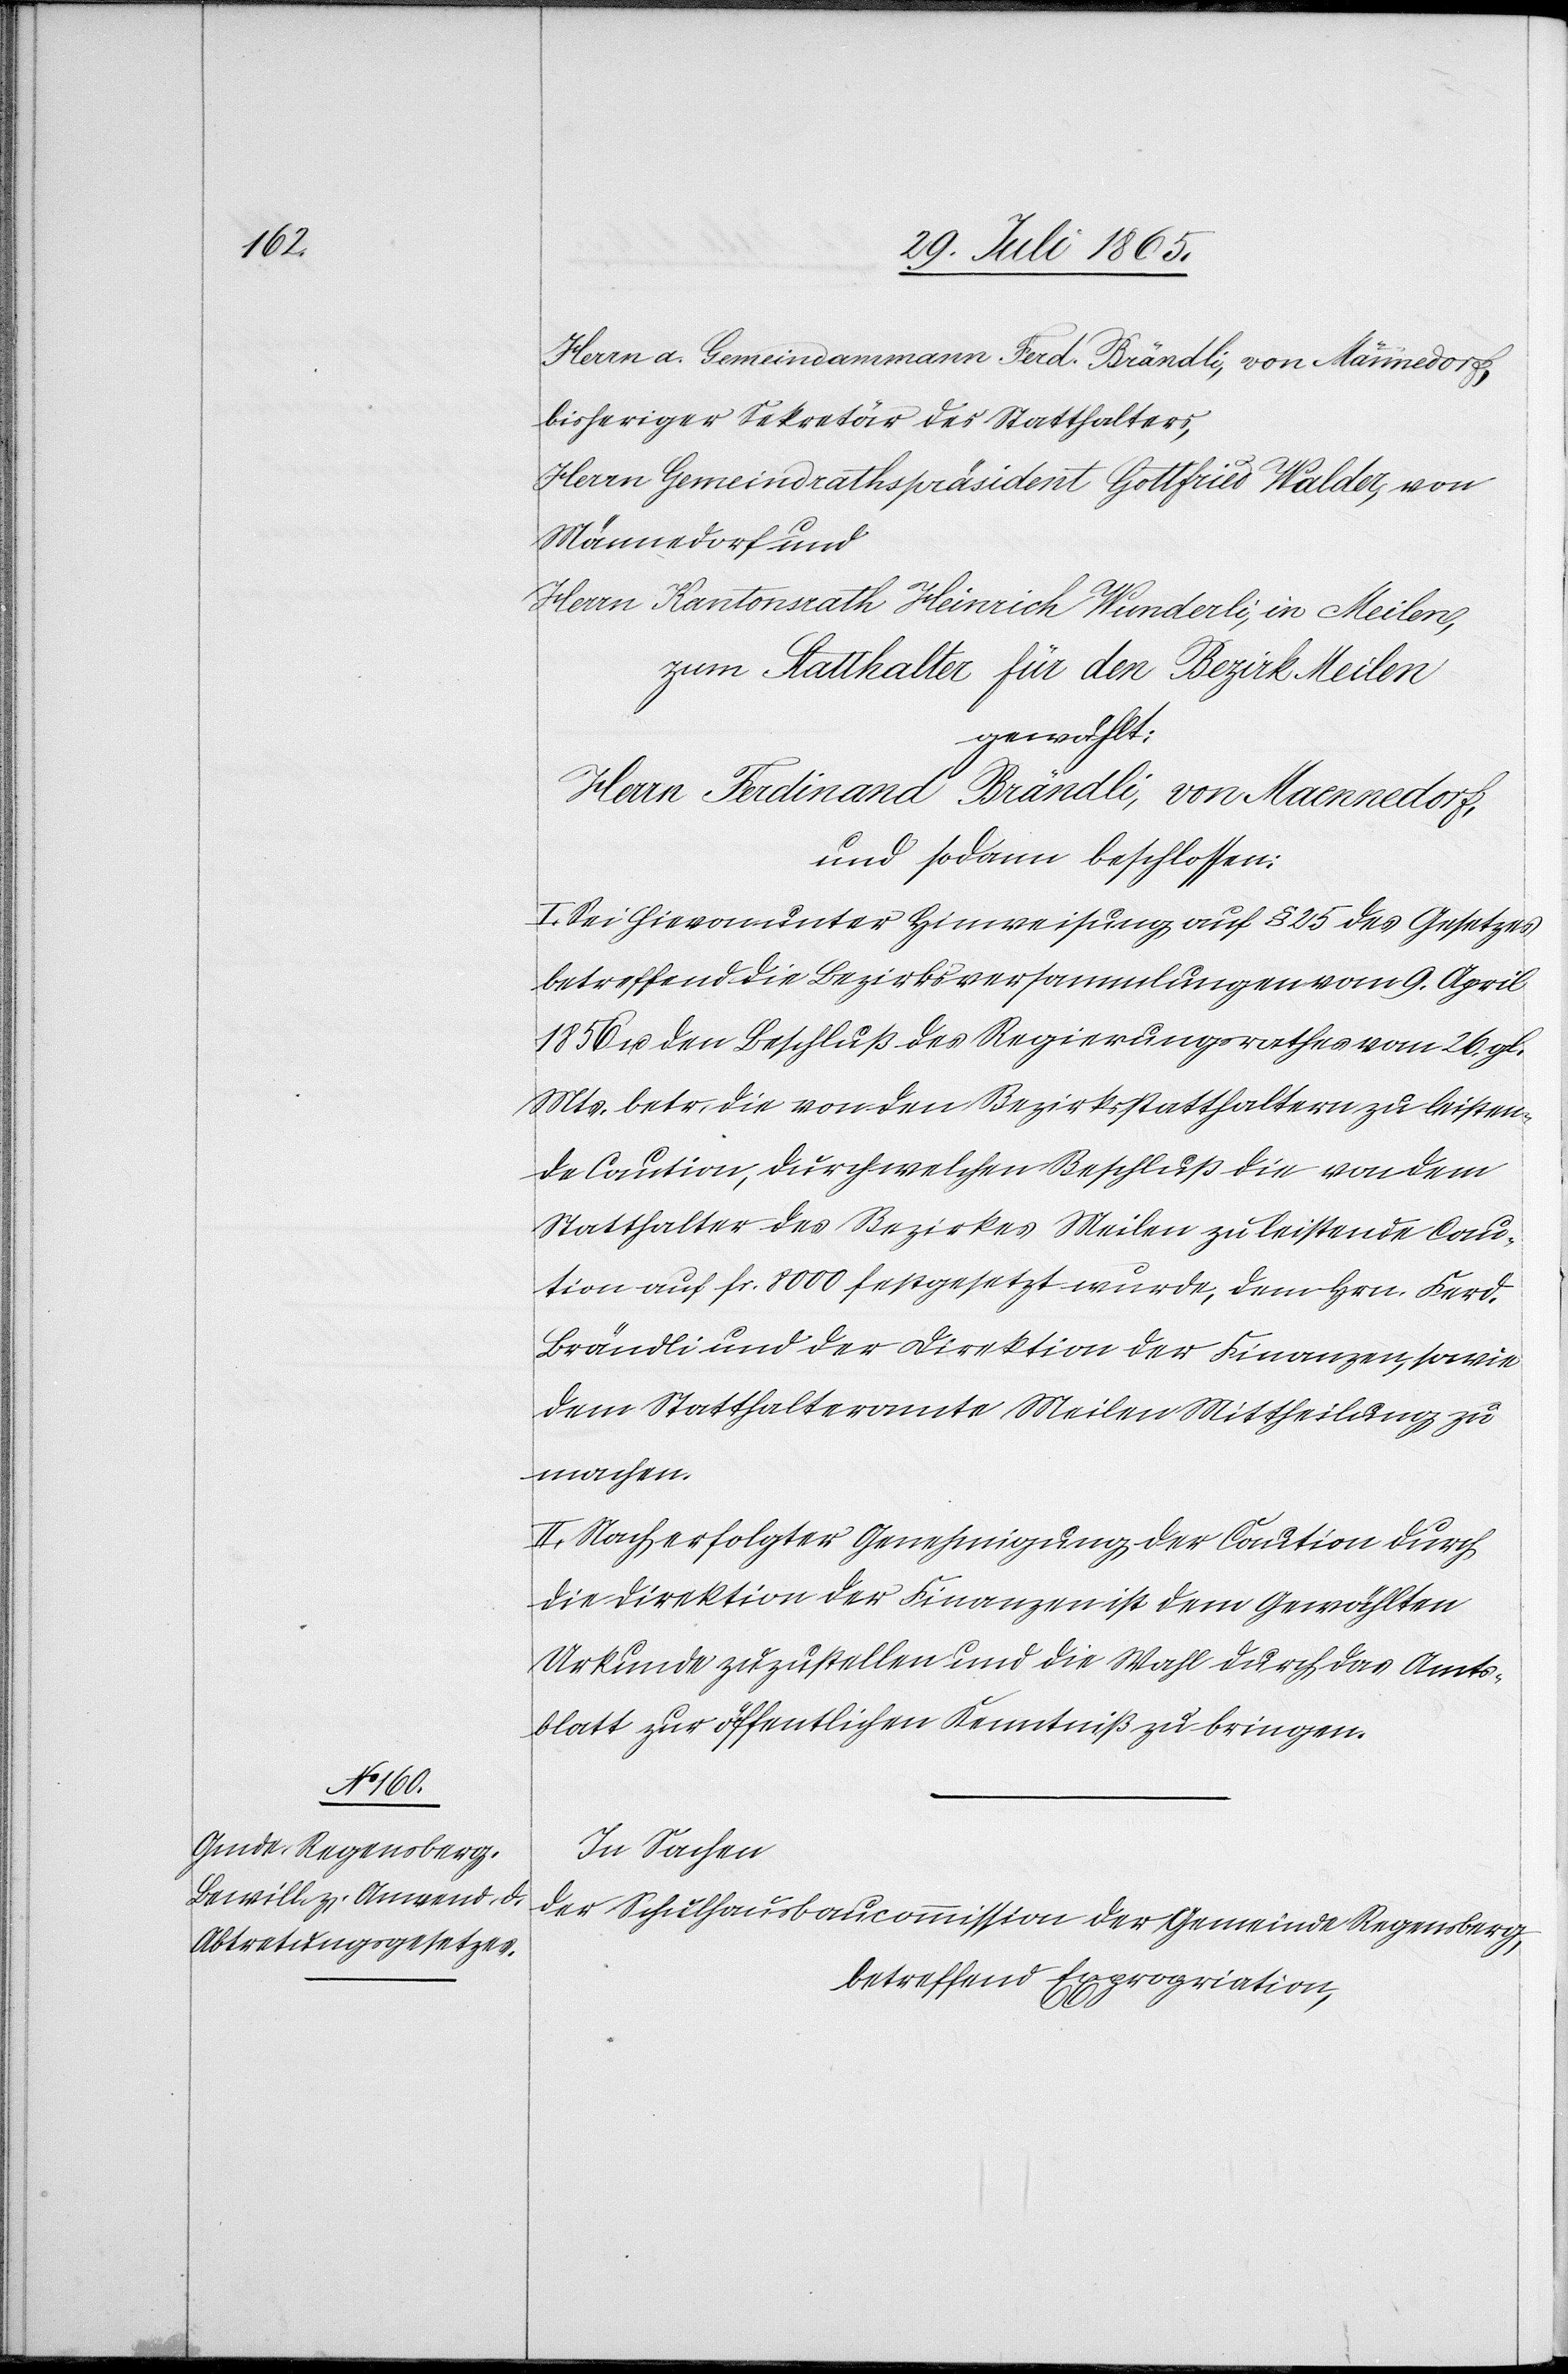
Herrn a. Gemeindammann Ferd. Brändli, von Männedorf,
bisheriger Sekretär des Statthalters,
Herrn Gemeindrathspräsident Gottfried Walder, von
Männedorf und
Herrn Kantonsrath Heinrich Wunderli, in Meilen,
zum Statthalter für den Bezirk Meilen
gewählt:
Herrn Ferdinand Brändli, von Maennedorf,
und sodann beschlossen:
I. Sei hievon unter Hinweisung auf § 25 des Gesetzes
betreffend die Bezirksversammlungen vom 9. April
1856 u. den Beschluß des Regierungsrathes vom 26. gl.
Mts. betr. die von den Bezirksstatthaltern zu leisten¬
de Caution, durch welchen Beschluß die von dem
Statthalter des Bezirkes Meilen zu leistende Cau¬
tion auf fr. 8000 festgesetzt wurde, dem Hrn. Ferd.
Brändli und der Direktion der Finanzen, sowie
dem Statthalteramte Meilen Mittheilung zu
machen.
II. Nach erfolgter Genehmigung der Caution durch
die Direktion der Finanzen ist dem Gewählten
Urkunde zuzustellen und die Wahl durch das Amts¬
blatt zur öffentlichen Kenntniß zu bringen.
In Sachen
der Schulhausbaucommission der Gemeinde Regensberg,
betreffend Expropriation,